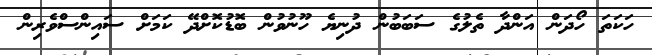
ހަކަތަ ހޯދަން އަންދާ ތެލުގެ ސަބަބުން ދުނިޔެ ހޫނުވުން ބޮޑުކޮށްދޭ ކަމަށް ސައިންސްވެރިން